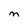
Character: M